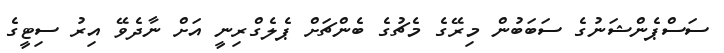
ސަސްޕެންޝަނުގެ ސަބަބުން މިރޭގެ މެޗުގެ ބެންޗަށް ޕެލެގްރިނީ އަށް ނާދެވޭ އިރު ސިޓީގެ